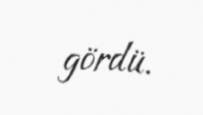
gördü.